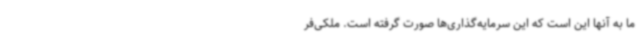
ما به آنها این است که این سرمایه‌گذاری‌ها صورت گرفته است. ملکی‌فر